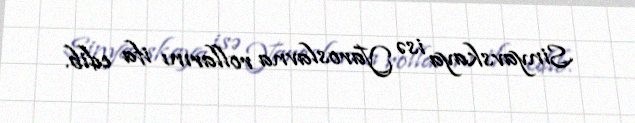
Sinyavskaya isə Yaroslavna rollarını ifa edib.